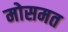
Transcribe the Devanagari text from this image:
मोसमत